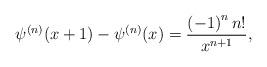
LaTeX: \begin{align*}\psi ^{\left( n\right) }(x+1)-\psi ^{\left( n\right) }(x)=\frac{\left(-1\right) ^{n}n!}{x^{n+1}}, \end{align*}